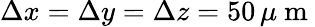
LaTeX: \Delta x=\Delta y=\Delta z=50\, \mu\mathrm{~m~}